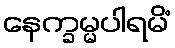
နေက္ခမ္မပါရမိံ